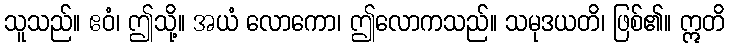
သူသည်။ ဧဝံ၊ ဤသို့။ အယံ လောကော၊ ဤလောကသည်။ သမုဒယတိ၊ ဖြစ်၏။ ဣတိ